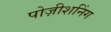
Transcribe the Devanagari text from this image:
पोज़ीशनिंग